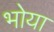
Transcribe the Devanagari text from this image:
भोया